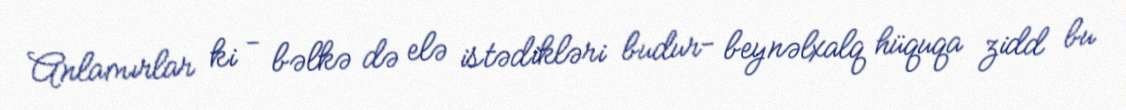
Anlamırlar ki - bəlkə də elə istədikləri budur- beynəlxalq hüquqa zidd bu